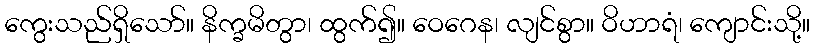
ကွေးသည်ရှိသော်။ နိက္ခမိတွာ၊ ထွက်၍။ ဝေဂေန၊ လျင်စွာ။ ဝိဟာရံ၊ ကျောင်းသို့။